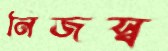
নিজস্ব